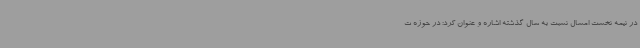
در نیمه نخست امسال نسبت به سال گذشته اشاره و عنوان کرد: در حوزه ت